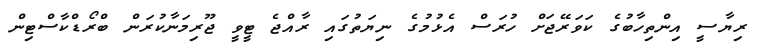
ރިޔާސީ އިންތިހާބުގެ ކަވަރޭޖަށް ހުރަސް އެޅުމުގެ ނިޔަތުގައި ރާއްޖެ ޓީވީ ޖޫރިމަނާކުރަން ބްރޯޑްކާސްޓިން